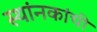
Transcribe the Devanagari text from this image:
स्थांनकांची